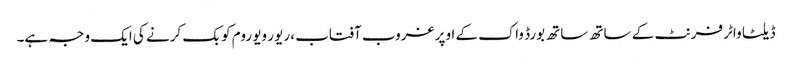
ڈیلٹا واٹر فرنٹ کے ساتھ ساتھ بورڈ واک کے اوپر غروب آفتاب ، ریور ویو روم کو بک کرنے کی ایک وجہ ہے۔